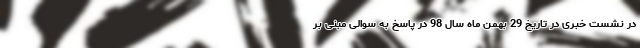
در نشست خبری در تاریخ 29 بهمن ماه سال 98 در پاسخ به سوالی مبنی بر